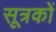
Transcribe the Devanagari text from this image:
सूत्रकों